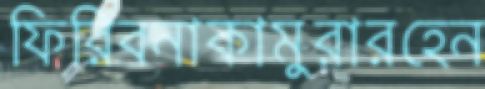
ফিরিবনাকামুরারহেন